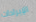
الإيرادات